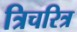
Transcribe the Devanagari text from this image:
त्रिचरित्र